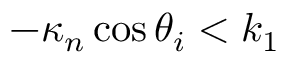
- \kappa _ { n } \cos \theta _ { i } < k _ { 1 }